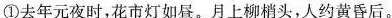
①去年元夜时，花市灯如昼。月上柳梢头，人约黄昏后。